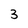
Character: 3